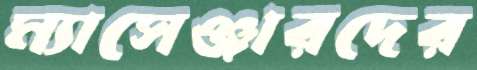
ম্যাসেঞ্জারদের